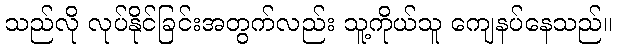
သည်လို လုပ်နိုင်ခြင်းအတွက်လည်း သူ့ကိုယ်သူ ကျေနပ်နေသည်။